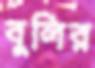
বুলির